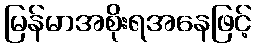
မြန်မာအစိုးရအနေဖြင့်